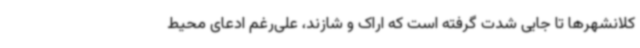
کلانشهرها تا جایی شدت گرفته است که اراک و شازند، علی‌رغم ادعای محیط‌